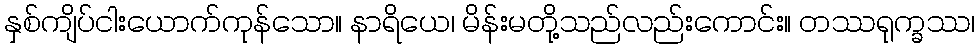
နှစ်ကျိပ်ငါးယောက်ကုန်သော။ နာရိယေ၊ မိန်းမတို့သည်လည်းကောင်း။ တဿရုက္ခဿ၊